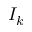
I _ { k }